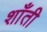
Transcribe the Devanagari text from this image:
शाँती